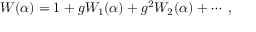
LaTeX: W ( \alpha ) = 1 + g W _ { 1 } ( \alpha ) + g ^ { 2 } W _ { 2 } ( \alpha ) + \cdots \; ,